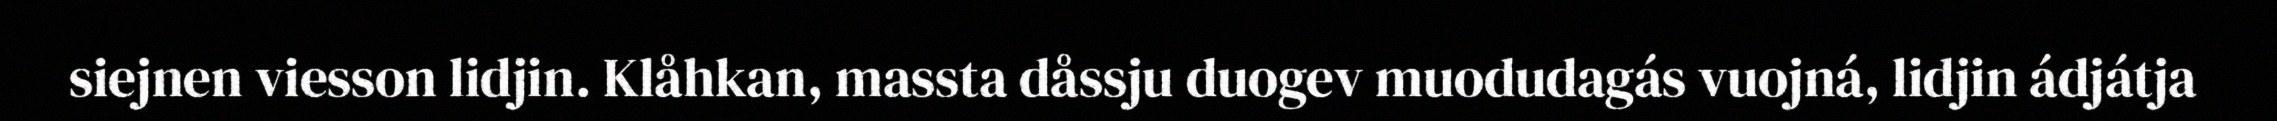
siejnen viesson lidjin. Klåhkan, massta dåssju duogev muodudagás vuojná, lidjin ádjátja